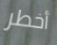
أخطر